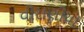
વીરાણીયા